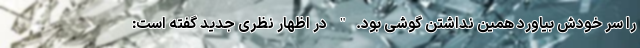
را سر خودش بیاورد همین نداشتن گوشی بود." در اظهار نظری جدید گفته است: